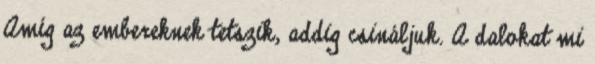
Amíg az embereknek tetszik, addig csináljuk. A dalokat mi